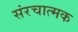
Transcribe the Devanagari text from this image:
संरचात्मक